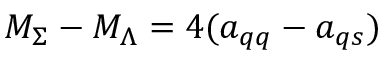
M _ { \Sigma } - M _ { \Lambda } = 4 ( a _ { q q } - a _ { q s } )